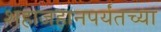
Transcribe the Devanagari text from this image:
शहाजहानपर्यंतच्या